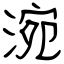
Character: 涴